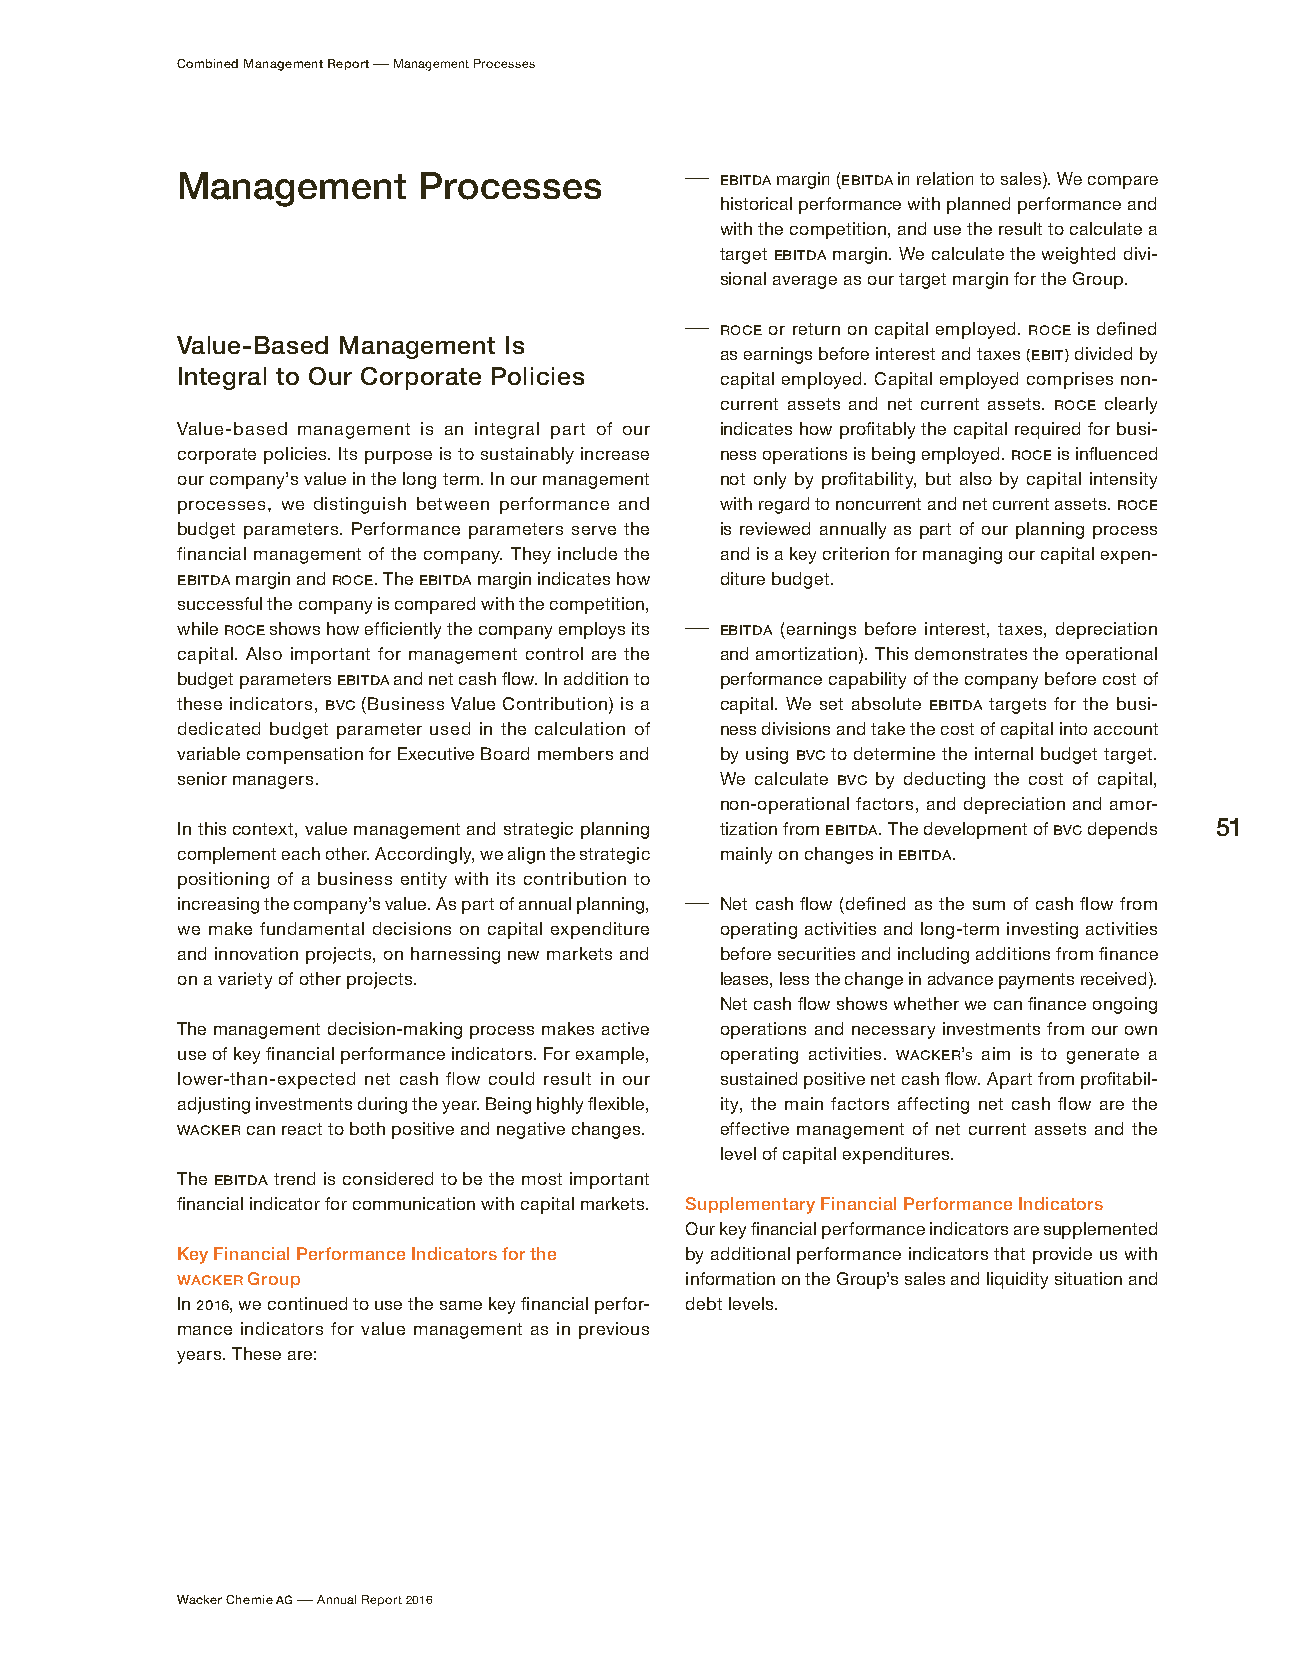
Combined Management Report – Management Processes
 Management      Processes        –  EBITDA margin (EBITDA in relation to sales). We compare
 historical performance with planned performance and
 with the competition, and use the result to calculate a
 target EBITDA margin. We calculate the weighted divi-
 sional average as our target margin for the Group.
 –  ROCE or return on capital employed. ROCE is defined
 Value-Based Management Is
 as earnings before interest and taxes (EBIT) divided by
 Integral to Our Corporate Policies  capital employed. Capital employed comprises non-
 current assets and net current assets. ROCE clearly
 Value-based management is an integral part of our indicates how profitably the capital required for busi-
 corporate policies. Its purpose is to sustainably increase ness operations is being employed. ROCE is influenced
 our company’s value in the long term. In our management not only by profitability, but also by capital intensity
 processes, we distinguish between performance and with regard to noncurrent and net current assets. ROCE
 budget parameters. Performance parameters serve the is reviewed annually as part of our planning process
 financial management of the company. They include the and is a key criterion for managing our capital expen-
 EBITDA margin and ROCE. The EBITDA margin indicates how diture budget.
 successful the company is compared with the competition,
 while ROCE shows how efficiently the company employs its – EBITDA (earnings before interest, taxes, depreciation
 capital. Also important for management control are the and amortization). This demonstrates the operational
 budget parameters EBITDA and net cash flow. In addition to performance capability of the company before cost of
 these indicators, BVC (Business Value Contribution) is a capital. We set absolute EBITDA targets for the busi-
 dedicated budget parameter used in the calculation of ness divisions and take the cost of capital into account
 variable compensation for Executive Board members and by using BVC to determine the internal budget target.
 senior managers.                    We calculate BVC by deducting the cost of capital,
 non-operational factors, and depreciation and amor-
 In this context, value management and strategic planning tization from EBITDA. The development of BVC depends 51
 complement each other. Accordingly, we align the strategic mainly on changes in EBITDA.
 positioning of a business entity with its contribution to
 increasing the company’s value. As part of annual planning, – Net cash flow (defined as the sum of cash flow from
 we make fundamental decisions on capital expenditure operating activities and long-term investing activities
 and innovation projects, on harnessing new markets and before securities and including additions from finance
 on a variety of other projects.     leases, less the change in advance payments received).
 Net cash flow shows whether we can finance ongoing
 The management decision-making process makes active operations and necessary investments from our own
 use of key financial performance indicators. For example, operating activities. WACKER’s aim is to generate a
 lower-than-expected net cash flow could result in our sustained positive net cash flow. Apart from profitabil-
 adjusting investments during the year. Being highly flexible, ity, the main factors affecting net cash flow are the
 WACKER can react to both positive and negative changes. effective management of net current assets and the
 level of capital expenditures.
 The EBITDA trend is considered to be the most important
 financial indicator for communication with capital markets. Supplementary Financial Performance Indicators
 Our key financial performance indicators are supplemented
 Key Financial Performance Indicators for the by additional performance indicators that provide us with
 WACKER Group                     information on the Group’s sales and liquidity situation and
 In 2016, we continued to use the same key financial perfor- debt levels.
 mance indicators for value management as in previous
 years. These are:
 Wacker Chemie AG – Annual Report 2016